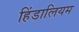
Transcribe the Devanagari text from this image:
हिंडालियम